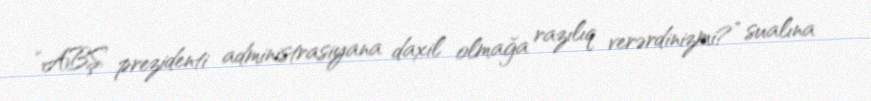
“ABŞ prezidenti administrasiyana daxil olmağa razılıq verərdinizmi?” sualına